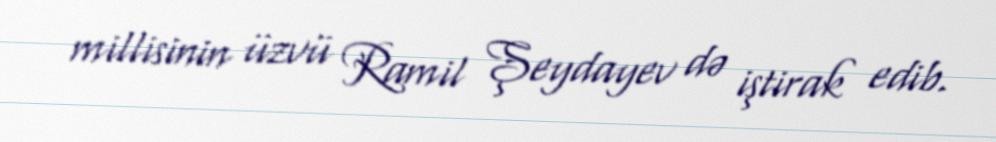
millisinin üzvü Ramil Şeydayev də iştirak edib.